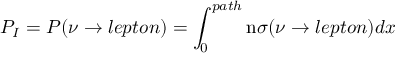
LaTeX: P _ { I } = P ( \nu \rightarrow l e p t o n ) = \int _ { 0 } ^ { p a t h } \mathrm { n } \sigma ( \nu \rightarrow l e p t o n ) d x